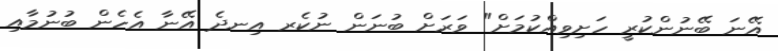
އޭނަ ބޭނުންކުރީ ހަށިވިއްކުމަށް" ވަރަށް ބުނަން ނުކެރ އިނދެ އޭނާ އެހެން ބުނުމާއި